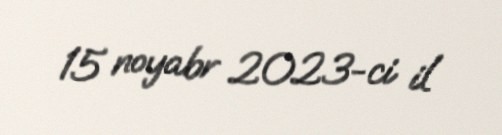
15 noyabr 2023-ci il